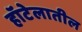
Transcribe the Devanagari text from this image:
हॉटेलातील